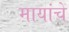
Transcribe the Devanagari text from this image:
मायांचे